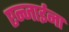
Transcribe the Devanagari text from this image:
एन्जाईना